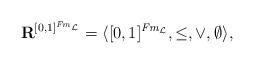
LaTeX: \begin{align*} \mathbf{R}^{[0,1]^{\mathit{Fm}_{\mathcal{L}}}} = \langle [0,1]^{\mathit{Fm}_{\mathcal{L}}},\leq,\vee,\emptyset\rangle,\end{align*}